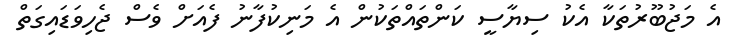
އެ މަޖުބޫރުތަކާ އެކު ސިޔާސީ ކަންތައްތަކުން އެ މަނިކުފާނު ފެއަށް ވެސް ޖެހިވަޑައިގަތް